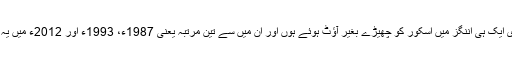
ایک روزہ میں پانچ مرتبہ ایسا ہوا ہے کہ چھ کھلاڑی ایک ہی اننگز میں اسکور کو چھیڑے بغیر آؤٹ ہوئے ہوں اور ان میں سے تین مرتبہ یعنی 1987ء، 1993ء اور 2012ء میں یہ "کارنامہ" پاکستان کے بلے بازوں نے انجام دیا ہے۔